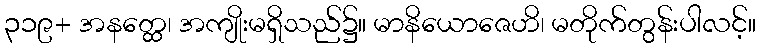
၃၁၉+ အနတ္ထေ၊ အကျိုးမရှိသည်၌။ မာနိယောဇေဟိ၊ မတိုက်တွန်းပါလင့်။